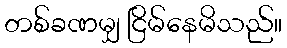
တစ်ခဏမျှ ငြိမ်နေမိသည်။